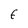
Character: E